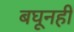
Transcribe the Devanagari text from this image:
बघूनही